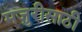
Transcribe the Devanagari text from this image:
मजुरीसाठी